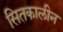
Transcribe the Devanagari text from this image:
सितकालीन